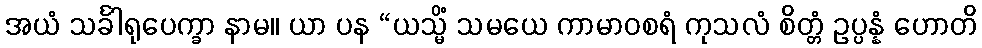
အယံ သင်္ခါရုပေက္ခာ နာမ။ ယာ ပန “ယသ္မိံ သမယေ ကာမာဝစရံ ကုသလံ စိတ္တံ ဥပ္ပန္နံ ဟောတိ